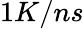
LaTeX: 1K/ns